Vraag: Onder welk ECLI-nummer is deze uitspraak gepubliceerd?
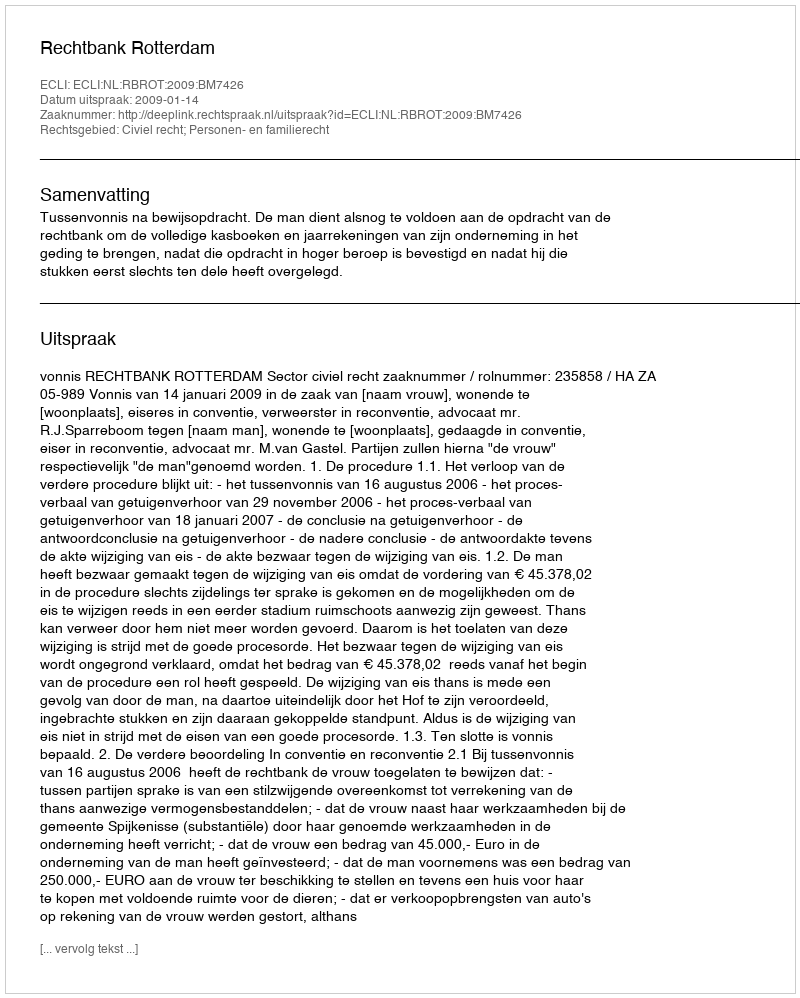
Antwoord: ECLI:NL:RBROT:2009:BM7426